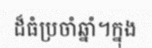
ដ៏ធំប្រចាំឆ្នាំ។ក្នុង